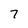
Character: 7